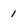
Character: 1